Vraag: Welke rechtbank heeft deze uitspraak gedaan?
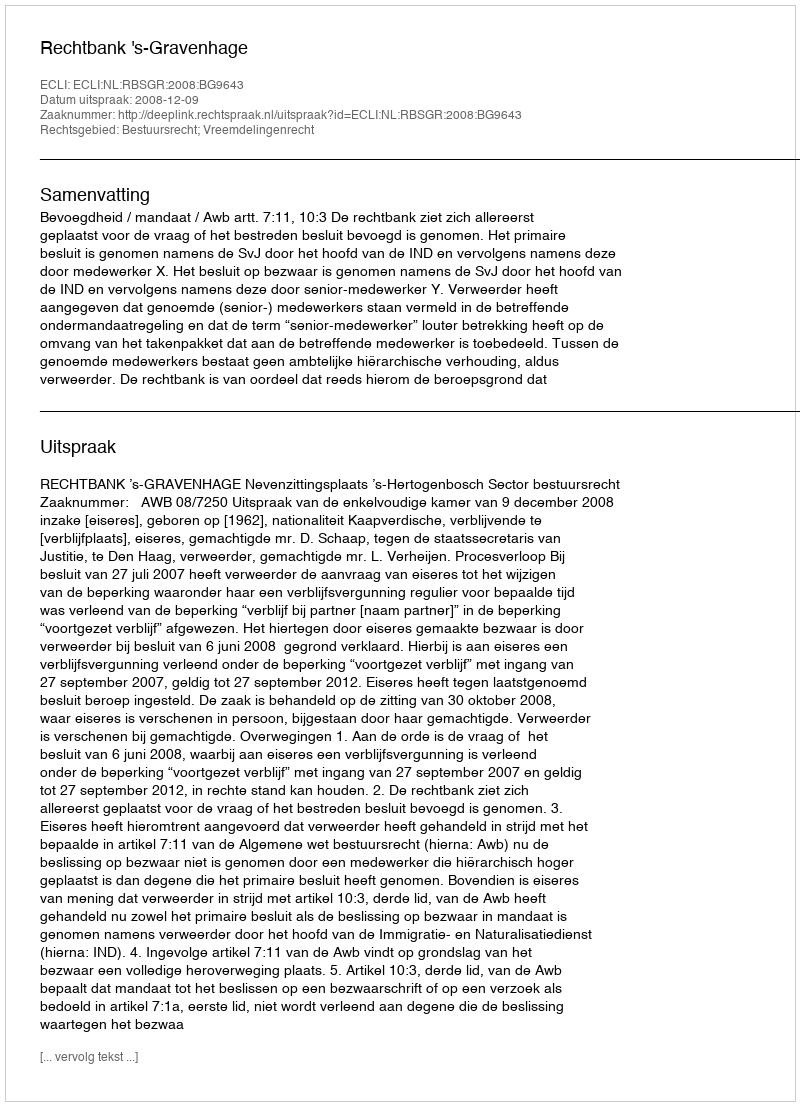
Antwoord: Rechtbank 's-Gravenhage